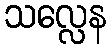
သလ္လေန